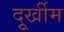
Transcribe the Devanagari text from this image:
दुूर्खीम